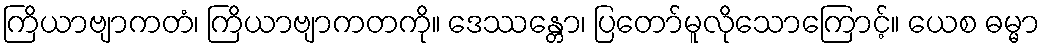
ကြိယာဗျာကတံ၊ ကြိယာဗျာကတကို။ ဒေဿန္တော၊ ပြတော်မူလိုသောကြောင့်။ ယေစ ဓမ္မာ